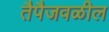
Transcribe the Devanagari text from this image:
तैपैजवळील